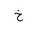
Letter: _kha